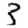
Digit: 3